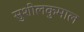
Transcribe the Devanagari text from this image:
सुशीलकुमाल